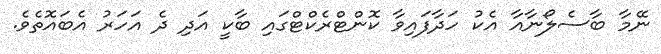
ނޭމާ ބާސެލޯނާއާ އެކު ހަދާފައިވާ ކޮންޓްރެކްޓްގައި ބާކީ އަދި ދެ އަހަރު އެބައޮތެވެ.